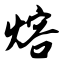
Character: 熔